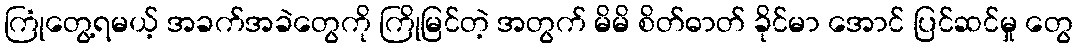
ကြုံတွေ့ရမယ့် အခက်အခဲတွေကို ကြိုမြင်တဲ့ အတွက် မိမိ စိတ်ဓာတ် ခိုင်မာ အောင် ပြင်ဆင်မှု တွေ